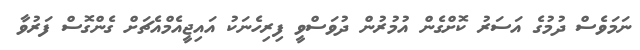
ނަމަވެސް ދުމުގެ އަސަރު ކޮށްގެން އުމުރުން ދުވަސްވީ ފިރިހެނަކު އައިޖީއެމްއެޗަށް ގެންގޮސް ފަރުވާ